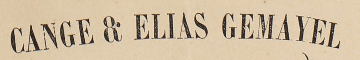
CANGE & ELIAS GEMAYEL